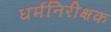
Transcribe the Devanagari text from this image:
धर्मनिरीक्षक